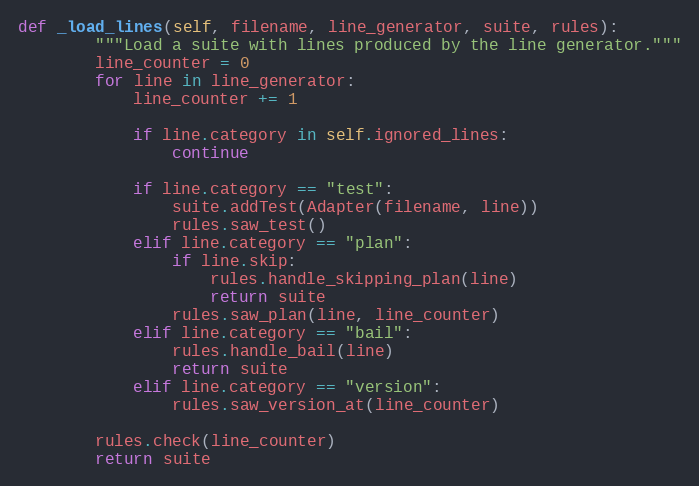
Language: Python
def _load_lines(self, filename, line_generator, suite, rules):
        """Load a suite with lines produced by the line generator."""
        line_counter = 0
        for line in line_generator:
            line_counter += 1

            if line.category in self.ignored_lines:
                continue

            if line.category == "test":
                suite.addTest(Adapter(filename, line))
                rules.saw_test()
            elif line.category == "plan":
                if line.skip:
                    rules.handle_skipping_plan(line)
                    return suite
                rules.saw_plan(line, line_counter)
            elif line.category == "bail":
                rules.handle_bail(line)
                return suite
            elif line.category == "version":
                rules.saw_version_at(line_counter)

        rules.check(line_counter)
        return suite